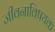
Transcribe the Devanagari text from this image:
जीवनाविषयक